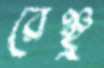
রেঞ্ছু